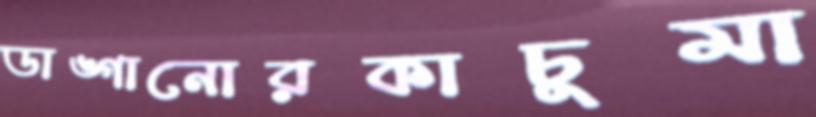
ডাঙ্গানোরকাচুমা